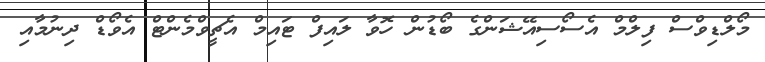
މޯލްޑިވްސް ފިލްމް އެސޯސިއޭޝަންގެ ބޯޑުން ހޮވާ ލައިފް ޓައިމް އެޗީވްމެންޓް އެވޯޑް ދިނުމާއި